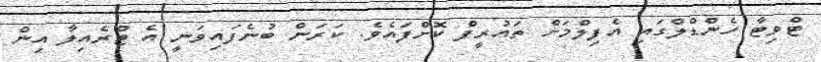
ޓްވިޓާ ހެންޑްލްގައި އެފިލްމަށް ތައުރީފް ކޮށްފައެވެ. ކަރަން ބުނެފައިވަނީ އެ ޓްރެއިލާ އިން